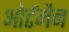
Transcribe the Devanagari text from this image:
ओर्टमैन